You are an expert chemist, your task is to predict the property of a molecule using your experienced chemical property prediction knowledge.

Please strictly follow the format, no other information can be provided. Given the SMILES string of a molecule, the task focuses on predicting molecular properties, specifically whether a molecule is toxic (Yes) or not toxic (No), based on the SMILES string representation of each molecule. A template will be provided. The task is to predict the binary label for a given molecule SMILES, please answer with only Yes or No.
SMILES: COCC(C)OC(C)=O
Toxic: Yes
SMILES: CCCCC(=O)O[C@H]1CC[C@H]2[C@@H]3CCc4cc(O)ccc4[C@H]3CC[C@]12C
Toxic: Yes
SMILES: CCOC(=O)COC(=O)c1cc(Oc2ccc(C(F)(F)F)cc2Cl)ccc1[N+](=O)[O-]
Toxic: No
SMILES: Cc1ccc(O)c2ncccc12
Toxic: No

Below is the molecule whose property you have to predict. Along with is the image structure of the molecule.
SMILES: O=C1CCC(=O)N1Cl
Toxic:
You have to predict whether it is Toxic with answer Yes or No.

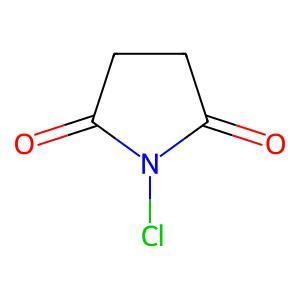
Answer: No